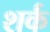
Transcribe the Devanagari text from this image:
शर्क